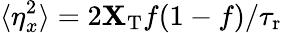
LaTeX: \langle\eta_{x}^{2}\rangle=2\mathbf{X}_{\mathrm{{T}}}f(1-f)/{\tau_{\mathrm{{r}}}}